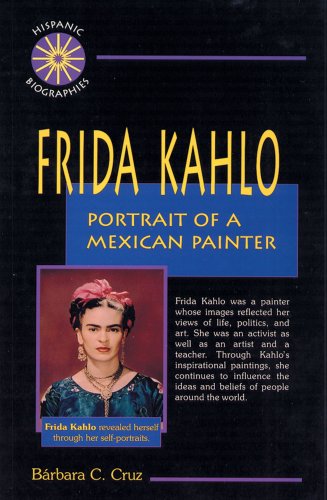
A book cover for Frida Kahlo: Portrait of a Mexican Painter (Hispanic Biographies); Barbara C. Cruz; Teen & Young Adult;